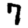
Digit: 7